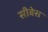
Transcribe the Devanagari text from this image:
सीबेस